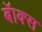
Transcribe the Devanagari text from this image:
बॅाक्स